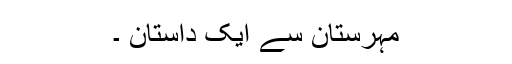
مہرستان سے ایک داستان ۔